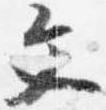
文